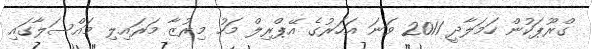
ގްރޫޕަކުން ހަމަލާދީ 2011 ވަނަ އަހަރުގެ އޭޕްރިލް މަހު މިރުޒާ މަރައިލި މައްސަލާގައި